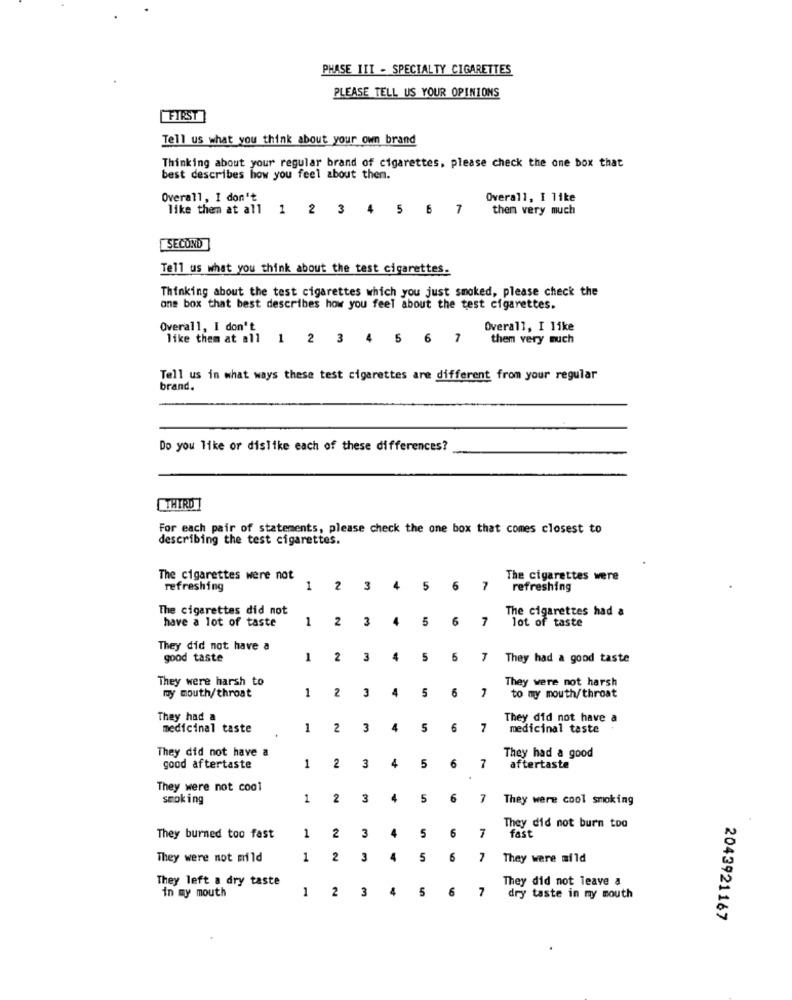
PHASE III - SPECIALTY CIGARETTES
PLEASE TELL US YOUR OPINIONS
FIRST
Tell us what you think about your own brand
Thinking about your regular brand of cigarettes, please check the one box that
best describes how you feel about then.
Overall, I don't
Overall, I like
like them at all 1 2 3 4 5 6 7
then very much
[SECOND
Tell us what you think about the test cigarettes.
Thinking about the test cigarettes which you just smoked, please check the
one box that best describes how you feel about the test cigarettes.
Overall, I don't
Overall, I like
like them at all 1 2 3 4 5 6 7
them very much
Tell us in what ways these test cigarettes are different from your regular
brand.
Do you like or dislike each of these differences?
THIRD
For each pair of statements, please check the one box that comes closest to
describing the test cigarettes.
The cigarettes were not
The cigarettes were
refreshing
1 2 3
4
5 6 7
refreshing
The cigarettes did not
The cigarettes had a
have a lot of taste
1
2
3
4
5
6
7
lot of taste
They did not have a
good taste
1
2
3
4
5
6
7
They had a good taste
They were harsh to
They were not harsh
my mouth/throat
2
4
5
6
1
3
to my mouth/throat
They had a
They did not have a
medicinal taste
1
2
3
4
5
6
7
medicinal taste
They did not have a
They had a good
6
good aftertaste
1
2
3
4
5
7
aftertaste
They were not cool
smoking
1
2
3
4
5
6
7
They were cool smoking
5
6
7
They did not burn too
They burned too fast
1
2
3
4
fast
They were not mild
1
2 3
4
5
6
They were mild
They left a dry taste
They did not leave a
1
2
3
4
5
6
7
in my mouth
dry taste in my mouth
2043921167